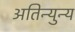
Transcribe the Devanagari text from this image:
अतिन्युन्य